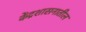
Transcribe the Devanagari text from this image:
केंद्रशासनातील